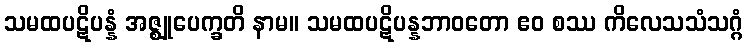
သမထပဋိပန္နံ အဇ္ဈုပေက္ခတိ နာမ။ သမထပဋိပန္နဘာဝတော ဧဝ စဿ ကိလေသသံသဂ္ဂံ